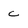
Character: c